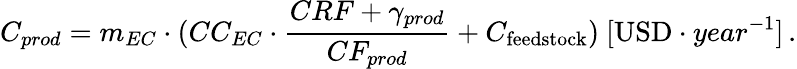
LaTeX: C_{prod}=m_{EC}\cdot(CC_{EC}\cdot\frac{CRF+\gamma_{prod}}{CF_{prod}}+C_{\mathrm{feedstock}})\ [\mathrm{USD}\cdot year^{-1}]\, .